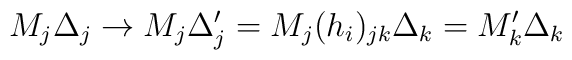
M_j\Delta _j\rightarrow M_j\Delta '_j=M_j(h_i)_{jk}\Delta_k=M'_k\Delta _k